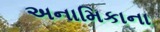
અનામિકાના